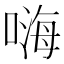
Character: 嗨